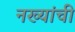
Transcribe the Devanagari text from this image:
नख्यांची